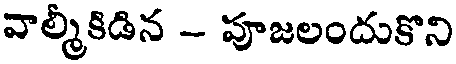
వాల్మీకిడిన - పూజలందుకొని